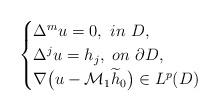
LaTeX: \begin{align*}\begin{cases}\Delta^{m}u=0,\,\,in\,\, D,\\ \Delta^{j}u=h_{j},\,\,on\,\,\partial D,\\ \nabla\big(u-\mathcal{M}_{1}\widetilde{h}_{0}\big)\in L^{p}(D) \end{cases} \end{align*}